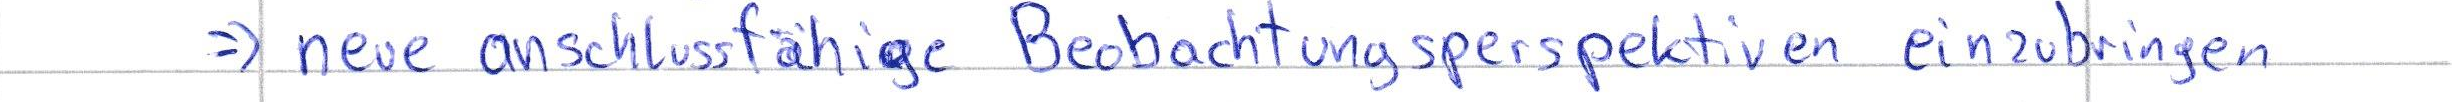
=> neue anschlussfähige Beobachtungsperspektiven einzubringen